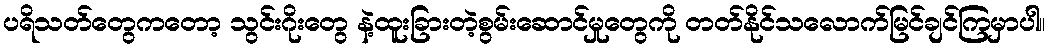
ပရိသတ်တွေကတော့ သွင်းဂိုးတွေ နဲ့ထူးခြားတဲ့စွမ်းဆောင်မှုတွေကို တတ်နိုင်သလောက်မြင်ချင်ကြမှာပါ။